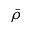
\bar { \rho }